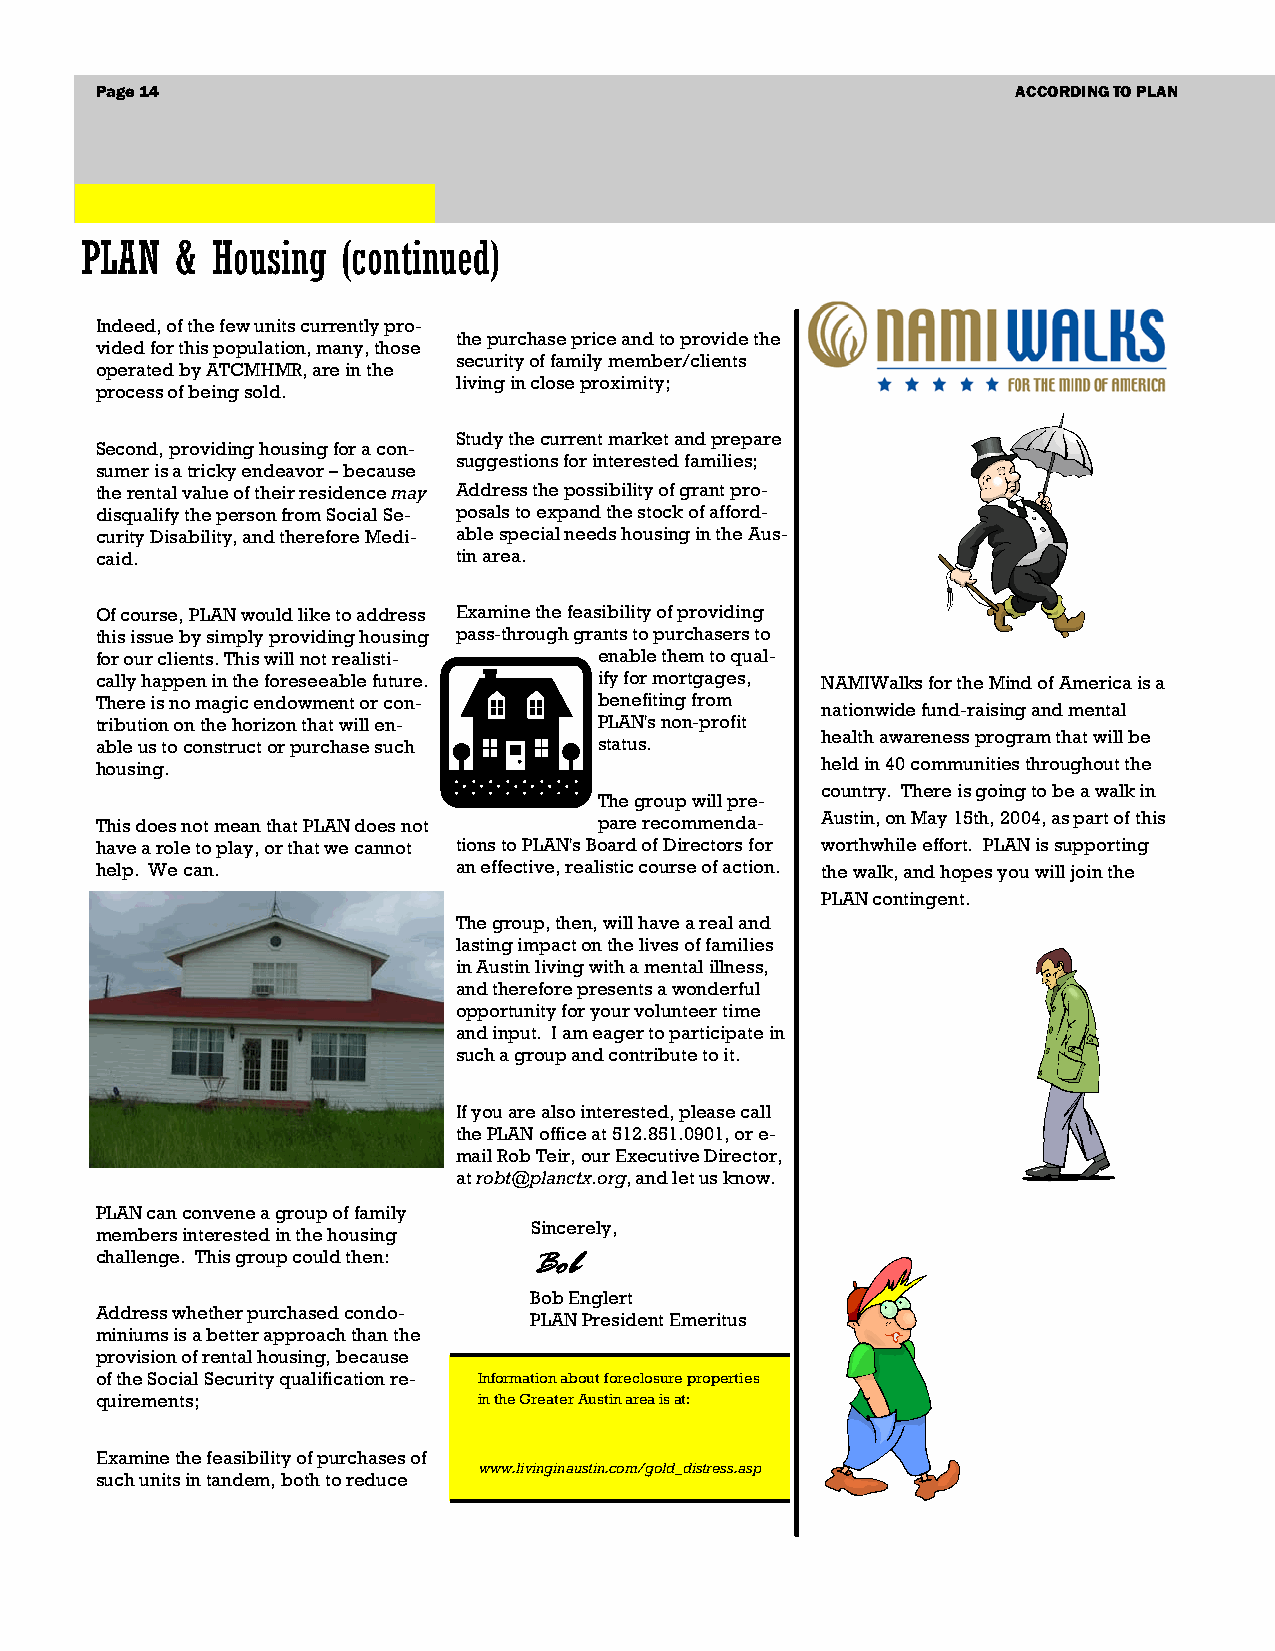
Page 14                                                      ACCORDING TO PLAN
 PLAN   & Housing  (continued)
 Indeed, of the few units currently pro-
 the purchase price and to provide the
 vided for this population, many, those
 security of family member/clients
 operated by ATCMHMR, are in the
 living in close proximity;
 process of being sold.
 Study the current market and prepare
 Second, providing housing for a con-
 suggestions for interested families;
 sumer is a tricky endeavor – because
 the rental value of their residence may Address the possibility of grant pro-
 disqualify the person from Social Se- posals to expand the stock of afford-
 curity Disability, and therefore Medi- able special needs housing in the Aus-
 caid.                   tin area.
 Of course, PLAN would like to address Examine the feasibility of providing
 this issue by simply providing housing pass-through grants to purchasers to
 for our clients. This will not realisti- enable them to qual-
 cally happen in the foreseeable future. ify for mortgages, NAMIWalks for the Mind of America is a
 There is no magic endowment or con- benefiting from
 nationwide fund-raising and mental
 tribution on the horizon that will en- PLAN's non-profit
 health awareness program that will be
 able us to construct or purchase such status.
 housing.                                        held in 40 communities throughout the
 country. There is going to be a walk in
 The group will pre-
 This does not mean that PLAN does not pare recommenda- Austin, on May 15th, 2004, as part of this
 have a role to play, or that we cannot tions to PLAN's Board of Directors for worthwhile effort. PLAN is supporting
 help. We can.           an effective, realistic course of action. the walk, and hopes you will join the
 PLAN contingent.
 The group, then, will have a real and
 lasting impact on the lives of families
 in Austin living with a mental illness,
 and therefore presents a wonderful
 opportunity for your volunteer time
 and input. I am eager to participate in
 such a group and contribute to it.
 If you are also interested, please call
 the PLAN office at 512.851.0901, or e-
 mail Rob Teir, our Executive Director,
 at robt@planctx.org, and let us know.
 PLAN can convene a group of family
 Sincerely,
 members interested in the housing
 challenge. This group could then: Bob
 Bob Englert
 Address whether purchased condo-
 PLAN President Emeritus
 miniums is a better approach than the
 provision of rental housing, because
 of the Social Security qualification re- Information about foreclosure properties
 quirements;               in the Greater Austin area is at:
 Examine the feasibility of purchases of
 www.livinginaustin.com/gold_distress.asp
 such units in tandem, both to reduce